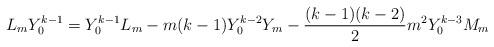
LaTeX: \begin{align*}L_mY^{k-1}_0=Y^{k-1}_0L_m-m(k-1)Y^{k-2}_0Y_m-\frac{(k-1)(k-2)}{2}m^2Y^{k-3}_0M_m\end{align*}